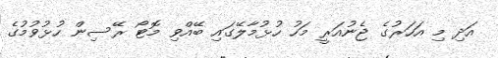
އަދި މި އަހަރުގެ ޖެނުއަރީ މަހު ހުޅުމާލޭގައި ބޭއްވި މޮޓޯ ރޭސިން ހުޅުވުމުގެ